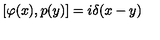
[ \varphi ( x ) , p ( y ) ] = i \delta ( x - y )